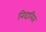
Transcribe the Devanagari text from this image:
निदानित